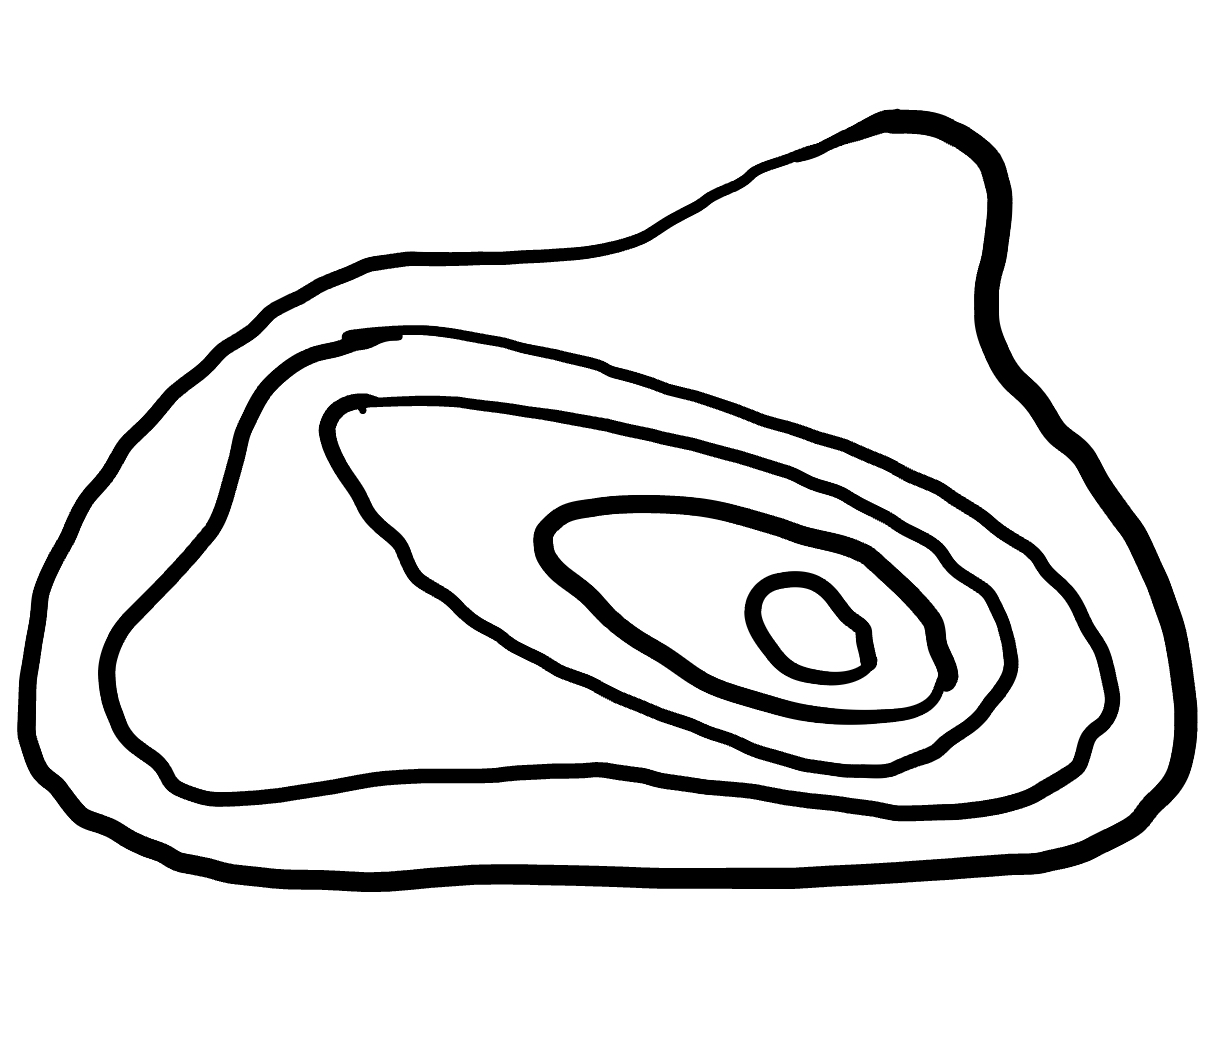
Number of regions (including the outer root region): 6
Containment tree edges (parent, child): 0, 1, 1, 2, 2, 3, 3, 4, 4, 5